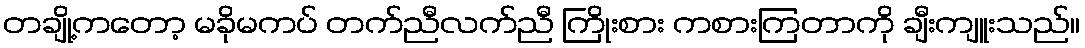
တချို့ကတော့ မခိုမကပ် တက်ညီလက်ညီ ကြိုးစား ကစားကြတာကို ချီးကျူးသည်။